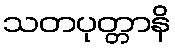
သတပုတ္တာနိ